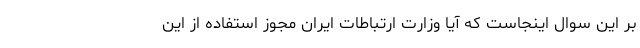
بر این سوال اینجاست که آیا وزارت ارتباطات ایران مجوز استفاده از این